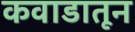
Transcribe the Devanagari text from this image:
कवाडातून